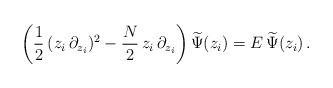
LaTeX: \begin{align*} \biggr( \frac{1}{2} \, (z_i \, \partial_{z_i})^2 - \frac{N}{2} \, z_i \, \partial_{z_i} \biggl) \, \widetilde{\Psi}(z_i) = E \, \widetilde{\Psi}(z_i) \, .\end{align*}